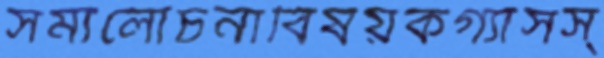
সমালোচনাবিষয়কগ্যাসস্